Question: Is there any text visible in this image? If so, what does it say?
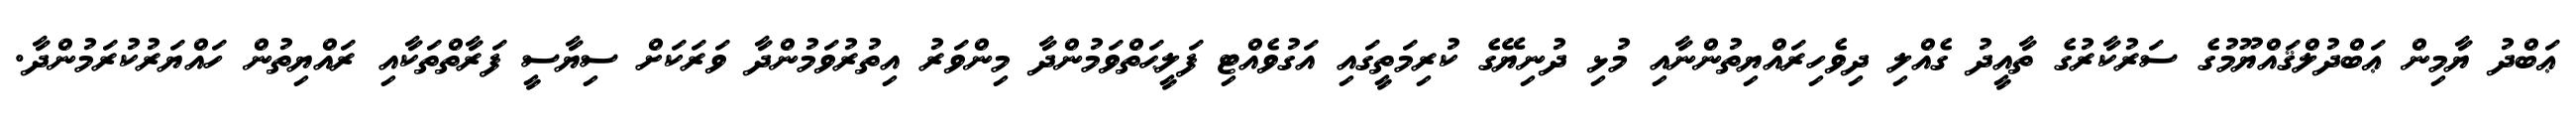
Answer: ޢަބްދު ޔާމިން ޢަބްދުލްޤައްޔޫމުގެ ސަރުކާރުގެ ތާއީދު ގެއްލި ދިވެހިރައްޔިތުންނާއި މުޅި ދުނިޔޭގެ ކުރިމަތީގައި އަގުވެއްޓި ފަލީޙަތްވަމުންދާ މިންވަރު އިތުރުވަމުންދާ ވަރަކަށް ސިޔާސީ ފަރާތްތަކާއި ރައްޔިތުން ހައްޔަރުކުރަމުންދާ.